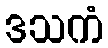
ဒသကံ